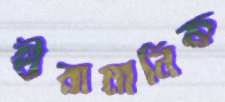
হীরামানিক